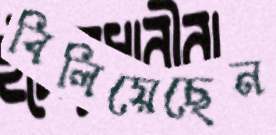
বিলিয়েছেন